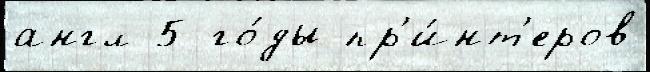
англ 5 го́ды пр'и́нт'еров